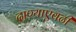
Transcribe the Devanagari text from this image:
दाण्याएवढी